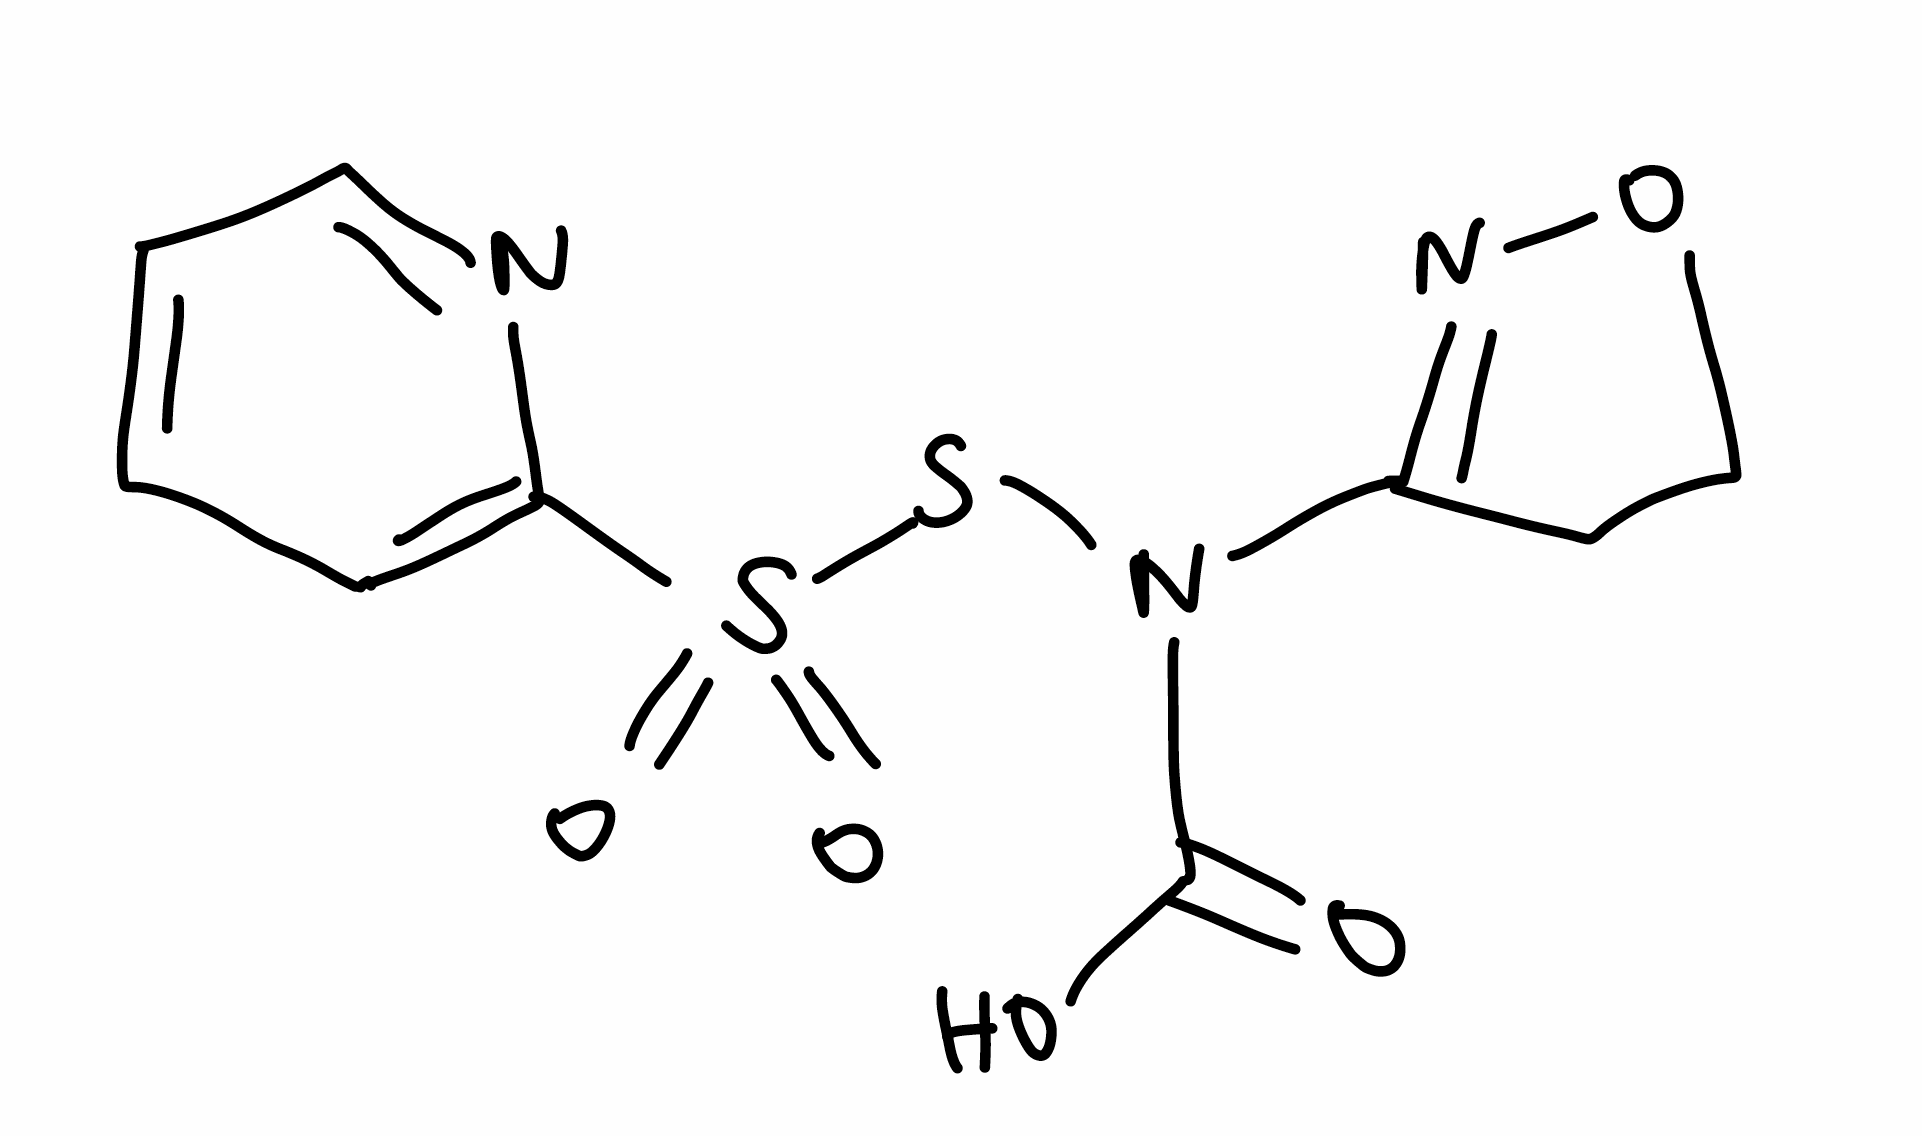
Simplified molecular-input line-entry system (SMILES) notation of the given molecule:
C1CON=C1N(C(=O)O)SS(=O)(=O)C2=CC=CC=N2